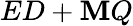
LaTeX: ED+\mathbf{M}Q